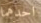
احدهما